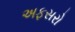
અફસરો